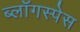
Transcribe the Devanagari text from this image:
ब्लॉगस्पेस